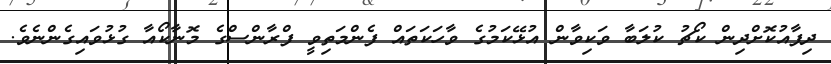
ދިފާއުކޮށްދިން ކޯޗު ކުލަބާ ވަކިވާން އުޅޭކަމުގެ ވާހަކަތައް ފެންމަތިވީ ފްރާންސްގެ މޮނާކޯއާ ގުޅުވައިގެންނެވެ.